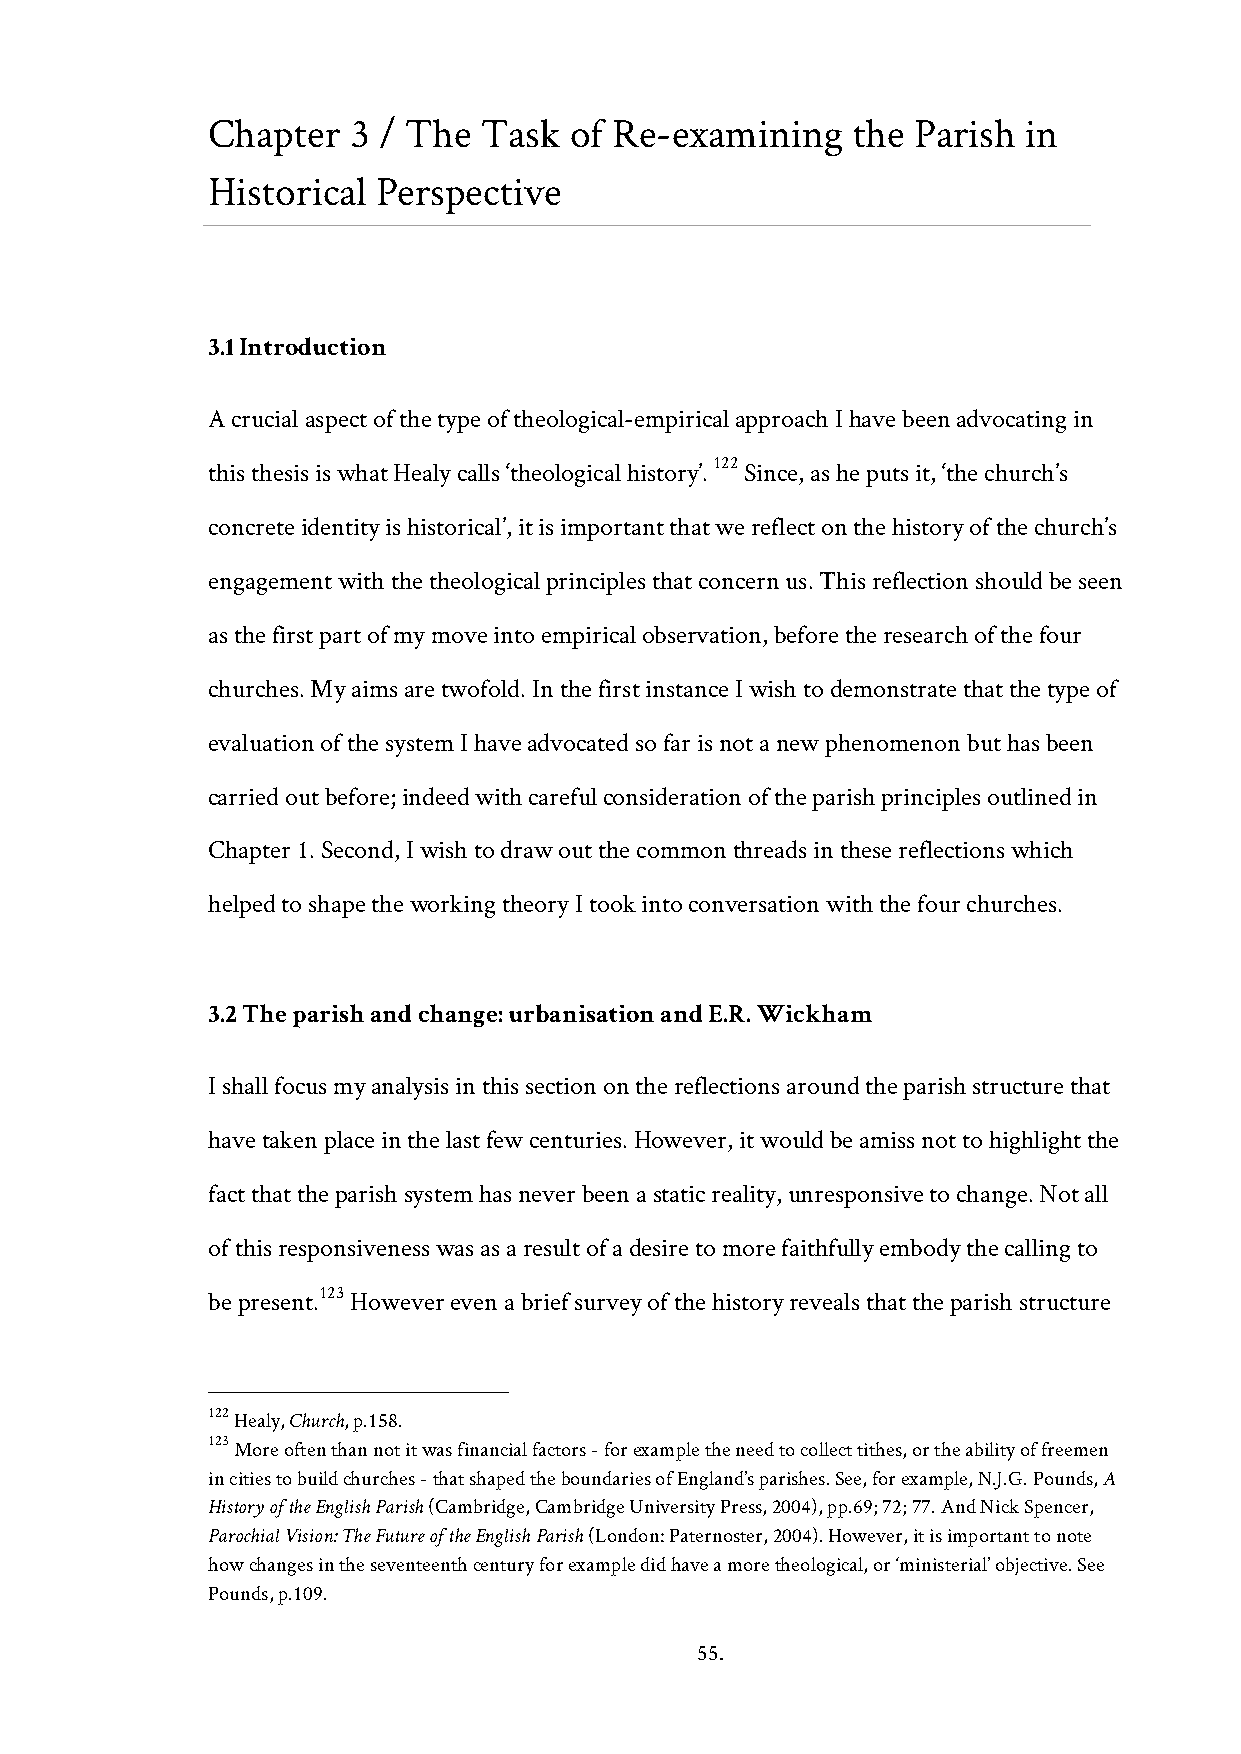
Chapter  3 / The  Task  of Re-examining   the Parish  in
 Historical Perspective
 3.1 Introduction
 A crucial aspect of the type of theological-empirical approach I have been advocating in
 122
 this thesis is what Healy calls ‘theological history’. Since, as he puts it, ‘the church’s
 concrete identity is historical’, it is important that we reflect on the history of the church’s
 engagement with the theological principles that concern us. This reflection should be seen
 as the first part of my move into empirical observation, before the research of the four
 churches. My aims are twofold. In the first instance I wish to demonstrate that the type of
 evaluation of the system I have advocated so far is not a new phenomenon but has been
 carried out before; indeed with careful consideration of the parish principles outlined in
 Chapter 1. Second, I wish to draw out the common threads in these reflections which
 helped to shape the working theory I took into conversation with the four churches.
 3.2 The parish and change: urbanisation and E.R. Wickham
 I shall focus my analysis in this section on the reflections around the parish structure that
 have taken place in the last few centuries. However, it would be amiss not to highlight the
 fact that the parish system has never been a static reality, unresponsive to change. Not all
 of this responsiveness was as a result of a desire to more faithfully embody the calling to
 123
 be present. However even a brief survey of the history reveals that the parish structure
 122 Healy, Church, p.158.
 123 More often than not it was financial factors - for example the need to collect tithes, or the ability of freemen
 in cities to build churches - that shaped the boundaries of England’s parishes. See, for example, N.J.G. Pounds, A
 History of the English Parish (Cambridge, Cambridge University Press, 2004), pp.69; 72; 77. And Nick Spencer,
 Parochial Vision: The Future of the English Parish (London: Paternoster, 2004). However, it is important to note
 how changes in the seventeenth century for example did have a more theological, or ‘ministerial’ objective. See
 Pounds, p.109.
 55.